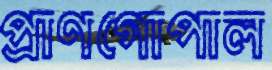
প্রাণগোপাল